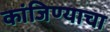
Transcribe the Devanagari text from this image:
कांजिण्याचा